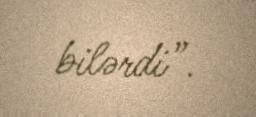
bilərdi”.